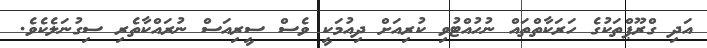
އަދި ގްރޫޕްތަކުގެ ހަރަކާތްތައް ނުހުއްޓުވި ކުރިއަށް ދިއުމަކީ ވެސް ސީރިއަސް ނުރައްކާތެރި ސިގުނަލެކެވެ.